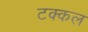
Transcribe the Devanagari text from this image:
टक्कल